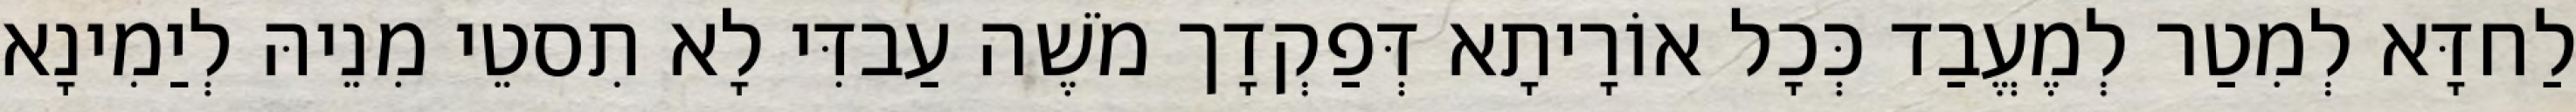
לַחדָּא לְמִטַר לְמֶעֱבַד כְּכָל אוֹרָיתָא דְּפַקְדָך מֹשֶׁה עַבדִּי לָא תִסטֵי מִנֵיהּ לְיַמִינָא